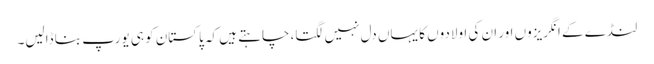
لنڈے کے انگریزوں اور ان کی اولادوں کا یہاں دل نہیں لگتا، چاہتے ہیں کہ پاکستان کو ہی یورپ بنا ڈالیں۔